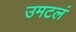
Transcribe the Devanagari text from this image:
उमटलं